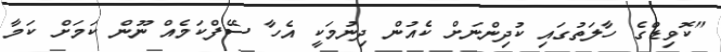
"ކޮވިޑްގެ ހާލަތުގައި ކުދިންނަށް ކެއުން ދިނުމަކީ އެހާ ސޭފްކަމެއް ނޫން ކަމަށް ކަމާ